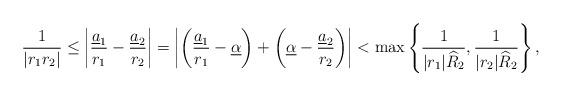
LaTeX: \begin{align*} \frac{1}{|r_1r_2|}\leq \left|\frac{\underline{a}_1}{r_1}-\frac{\underline{a}_2}{r_2}\right|= \left|\left(\frac{\underline{a}_1}{r_1}-\underline{\alpha}\right)+\left(\underline{\alpha}-\frac{\underline{a}_2}{r_2}\right)\right| <\max\left\{\frac{1}{|r_1|\widehat{R}_2},\frac{1}{|r_2|\widehat{R}_2}\right\}, \end{align*}